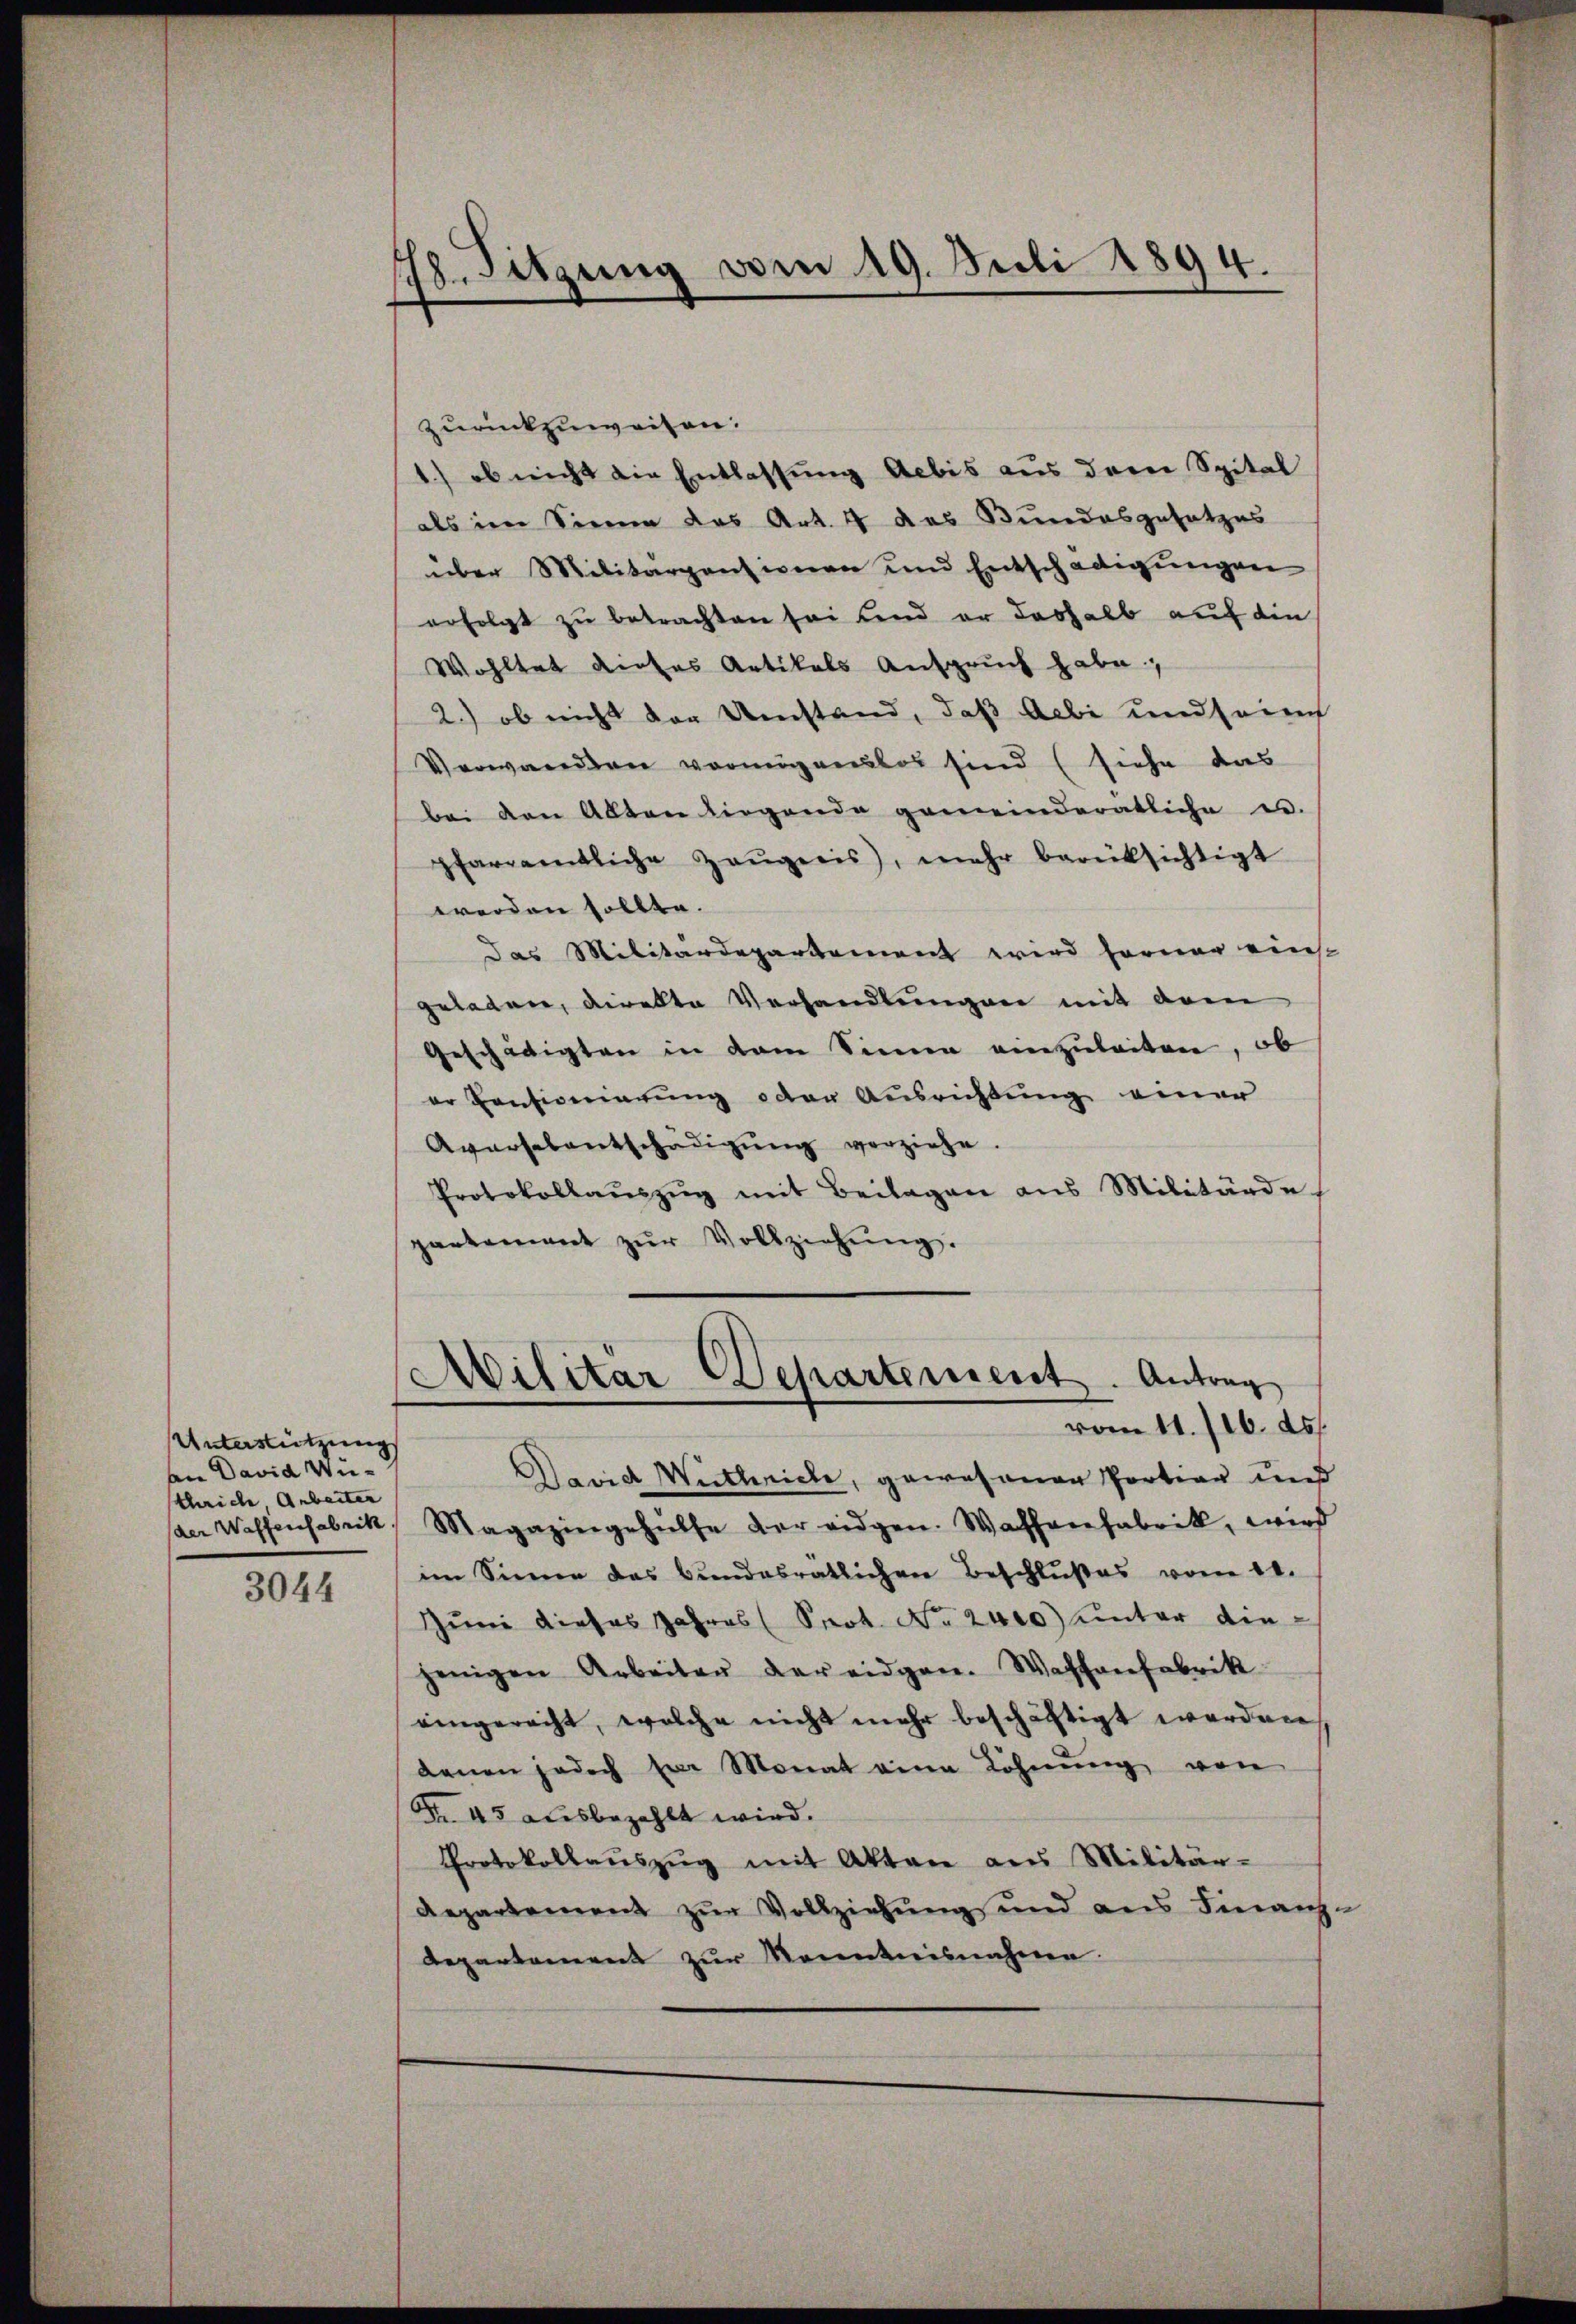
Unterstützung
an David Wieschriche, Arbeiter

3044

18. Sitzung vom 19. Juli 1894.

zurückzuweisen.
1.) ob nicht die Entlassung Aebis aus derer Spital
als im Sinne das Art. 4 das Bundesgesetzes
über Militärpensionen und Entschädigungen
erfolgt zu betrachten sei und er deshalb auf die
Wohltat dieses Artikals Anspruch habe,
2.) ob nicht der Umstand, daß Acbi und sein
Verwanden vermögenslos sind (siehe das
bei den Alten irgende gemeinderatliche u.
pfarramtliche Zeŭgnis, mehr berücksichtigt
werden sollte.
das Militärdepartement wird ferner einst
geladen, direkte Verhandlungen mit dem
Geschädigten in dem Sinne einzuleiten, ob
er Consionierung oder Ausrichtung einer
Avarsalentschädigŭng vorziehe.
Protokollaŭszŭg mit Beilagen aus Militärde
partament zŭr Vollziehŭng.

David Wirtheiche, gewesenen Portian und
der Waffenfabrik, Magazingehülfe der eidgen. Wahlenfabrik, wird
im Sinne das Bundesratlichen Beschlußes vom 20.
Juni dieses Jahres Prot. No. 2000) unter diejenigen Arbeiter der eidgen. Waffenfabrik
eingerecht, welche nicht mehr beschäftigt werden
denen jedoch par Monat eine Löhnŭng von
Fr. 45 ausbezahlt wird.
Protokollaŭszŭg mit Akten aus Militär-
Repartement zur Vollziehung und aus Finanz-
Repartement zur Kenntnisnehme.

Militar Departement. Antrag
vom 11. 116. ds.